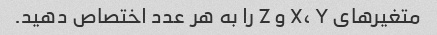
متغیرهای X، Y و Z را به هر عدد اختصاص دهید.